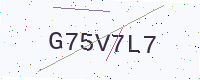
Text: G75V7L7